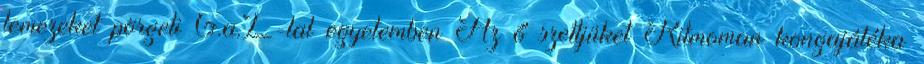
lemezeket pörgeti G.a.L-lal egyetemben Az ő szettjüket Ritmoman kongajátéka